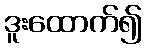
ဒူးထောက်၍